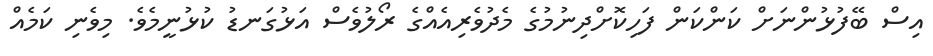
އިސް ބޭފުޅުންނަށް ކަންކަން ފަހިކޮށްދިނުމުގެ މެދުވެރިއެއްގެ ރޯލުވެސް އަޅުގަނޑު ކުޅުނީމެވެ. މިވެނި ކަމެއް